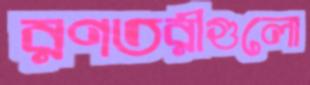
রণতরীগুলো